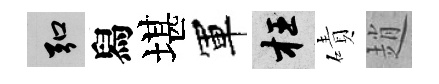
弘舄堪軍枉磧趙